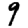
Digit: 9